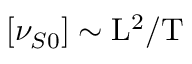
[ \nu _ { S 0 } ] \sim \mathrm { L } ^ { 2 } / \mathrm { T }